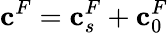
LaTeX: \mathbf{c}^{F}=\mathbf{c}_{s}^{F}+\mathbf{c}_{0}^{F}